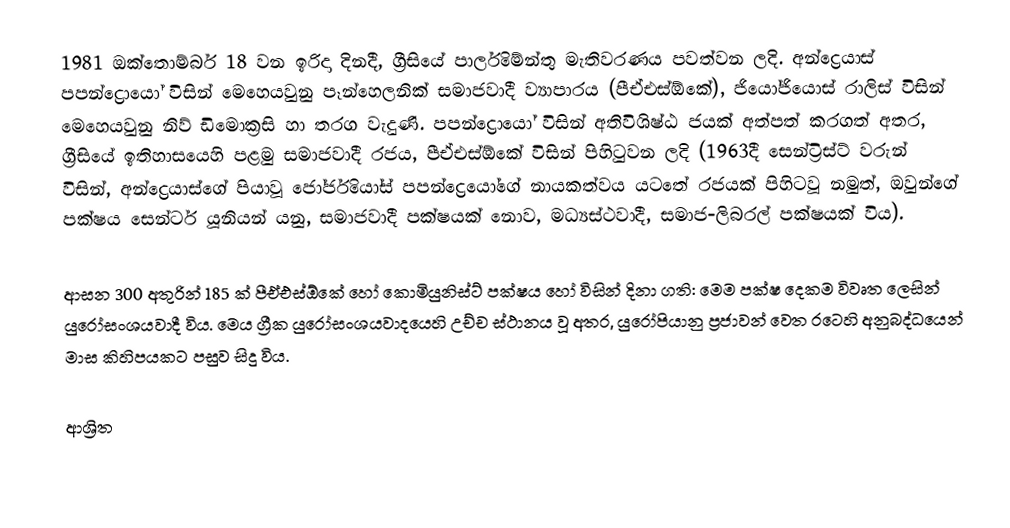
1981 ඔක්තොම්බර් 18 වන ඉරිදා දිනදී, ග්‍රීසියේ  පාර්ලිමේන්තු මැතිවරණය පවත්වන ලදි. අන්ද්‍රෙයාස් පපන්ද්‍රොයෝ විසින් මෙහෙයවුනු පෑන්හෙලනික් සමාජවාදී ව්‍යාපාරය (පීඒඑස්ඕකේ), ජියෝජියොස් රාලිස් විසින් මෙහෙයවුනු නිව් ඩිමොක්‍රසි හා තරග වැදුණි. පපන්ද්‍රොයෝ විසින් අතිවිශිෂ්ඨ ජයක් අත්පත් කරගත් අතර, ග්‍රීසියේ ඉතිහාසයෙහි පළමු සමාජවාදී රජය, පීඒඑස්ඕකේ විසින් පිහිටුවන ලදි (1963දී සෙන්ට්‍රිස්ට් වරුන් විසින්, අන්ද්‍රෙයාස්ගේ පියාවූ   ජෝර්ජියෝස් පපන්ද්‍රෙයෝගේ නායකත්වය යටතේ රජයක් පිහිටවූ නමුත්, ඔවුන්ගේ පක්ෂය සෙන්ටර් යූනියන් යනු, සමාජවාදී පක්ෂයක් නොව,  මධ්‍යස්ථවාදී,  සමාජ-ලිබරල් පක්ෂයක් විය).

ආසන 300 අතුරින් 185 ක්  පීඒඑස්ඕකේ හෝ කොමියුනිස්ට් පක්ෂය හෝ විසින් දිනා ගති: මෙම පක්ෂ දෙකම විවෘත ලෙසින් යුරෝසංශයවාදී විය.  මෙය ග්‍රීක යුරෝසංශයවාදයෙහි උච්ච ස්ථානය වූ අතර,  යුරෝපියානු ප්‍රජාවන් වෙත රටෙහි අනුබද්ධයෙන් මාස කිහිපයකට පසුව සිදු විය.

ආශ්‍රිත